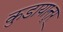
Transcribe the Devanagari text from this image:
कुडायात्तूर्